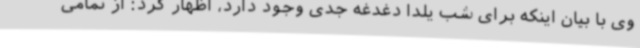
وی با بیان اینکه برای شب یلدا دغدغه جدی وجود دارد، اظهار کرد: از تمامی